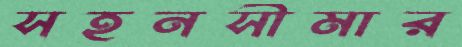
সহনসীমার